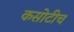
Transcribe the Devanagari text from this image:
कसोटीच